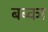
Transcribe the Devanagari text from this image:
बब्का